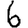
Digit: 6